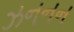
ઝનનન